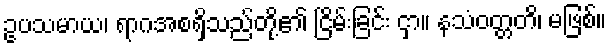
ဥပသမာယ၊ ရာဂအစရှိသည်တို့၏ ငြိမ်းခြင်း ငှာ။ နသံဝတ္တတိ၊ မဖြစ်။